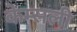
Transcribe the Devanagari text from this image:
केम्सली